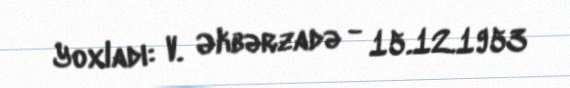
Yoxladı: V. Əkbərzadə - 15.12.1953